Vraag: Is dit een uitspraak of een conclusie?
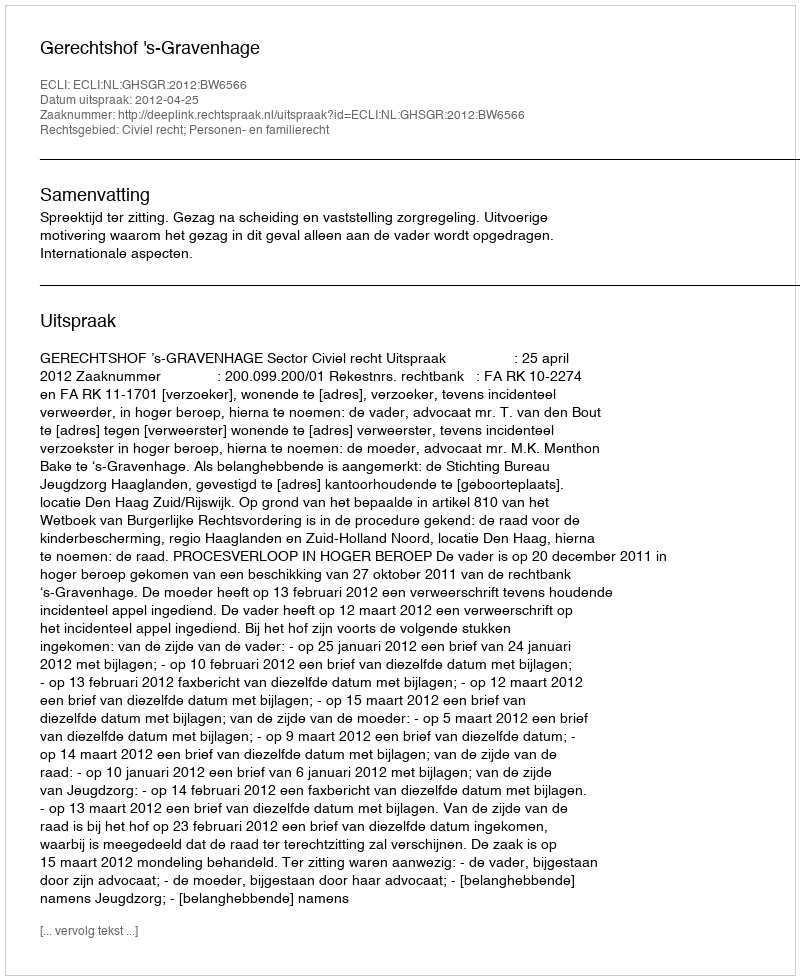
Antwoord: Uitspraak